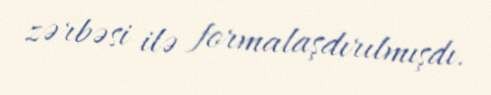
zərbəsi ilə formalaşdırılmışdı.